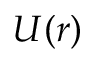
U ( r )